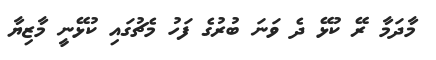
މާދަމާ ރޭ ކުޅޭ ދެ ވަނަ ބުރުގެ ފަހު މެޗުގައި ކުޅޭނީ މާޒިޔާ